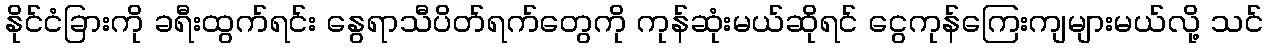
နိုင်ငံခြားကို ခရီးထွက်ရင်း နွေရာသီပိတ်ရက်တွေကို ကုန်ဆုံးမယ်ဆိုရင် ငွေကုန်ကြေးကျများမယ်လို့ သင်